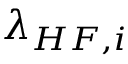
\lambda _ { H F , i }